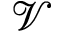
\mathcal { V }